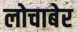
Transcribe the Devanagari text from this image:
लोचाबेर